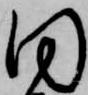
同